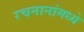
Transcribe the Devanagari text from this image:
रचनानांमध्ये